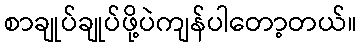
စာချုပ်ချုပ်ဖို့ပဲကျန်ပါတော့တယ်။